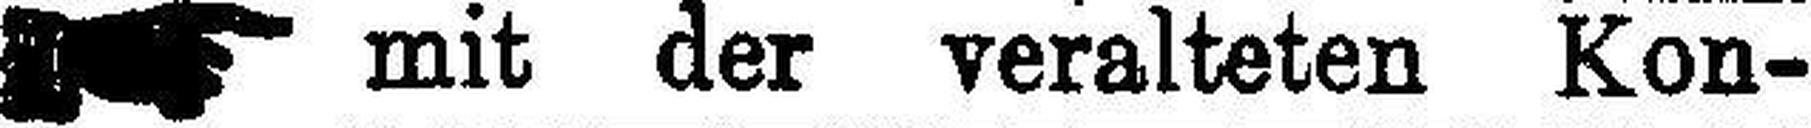
mit der veralteten Kon¬